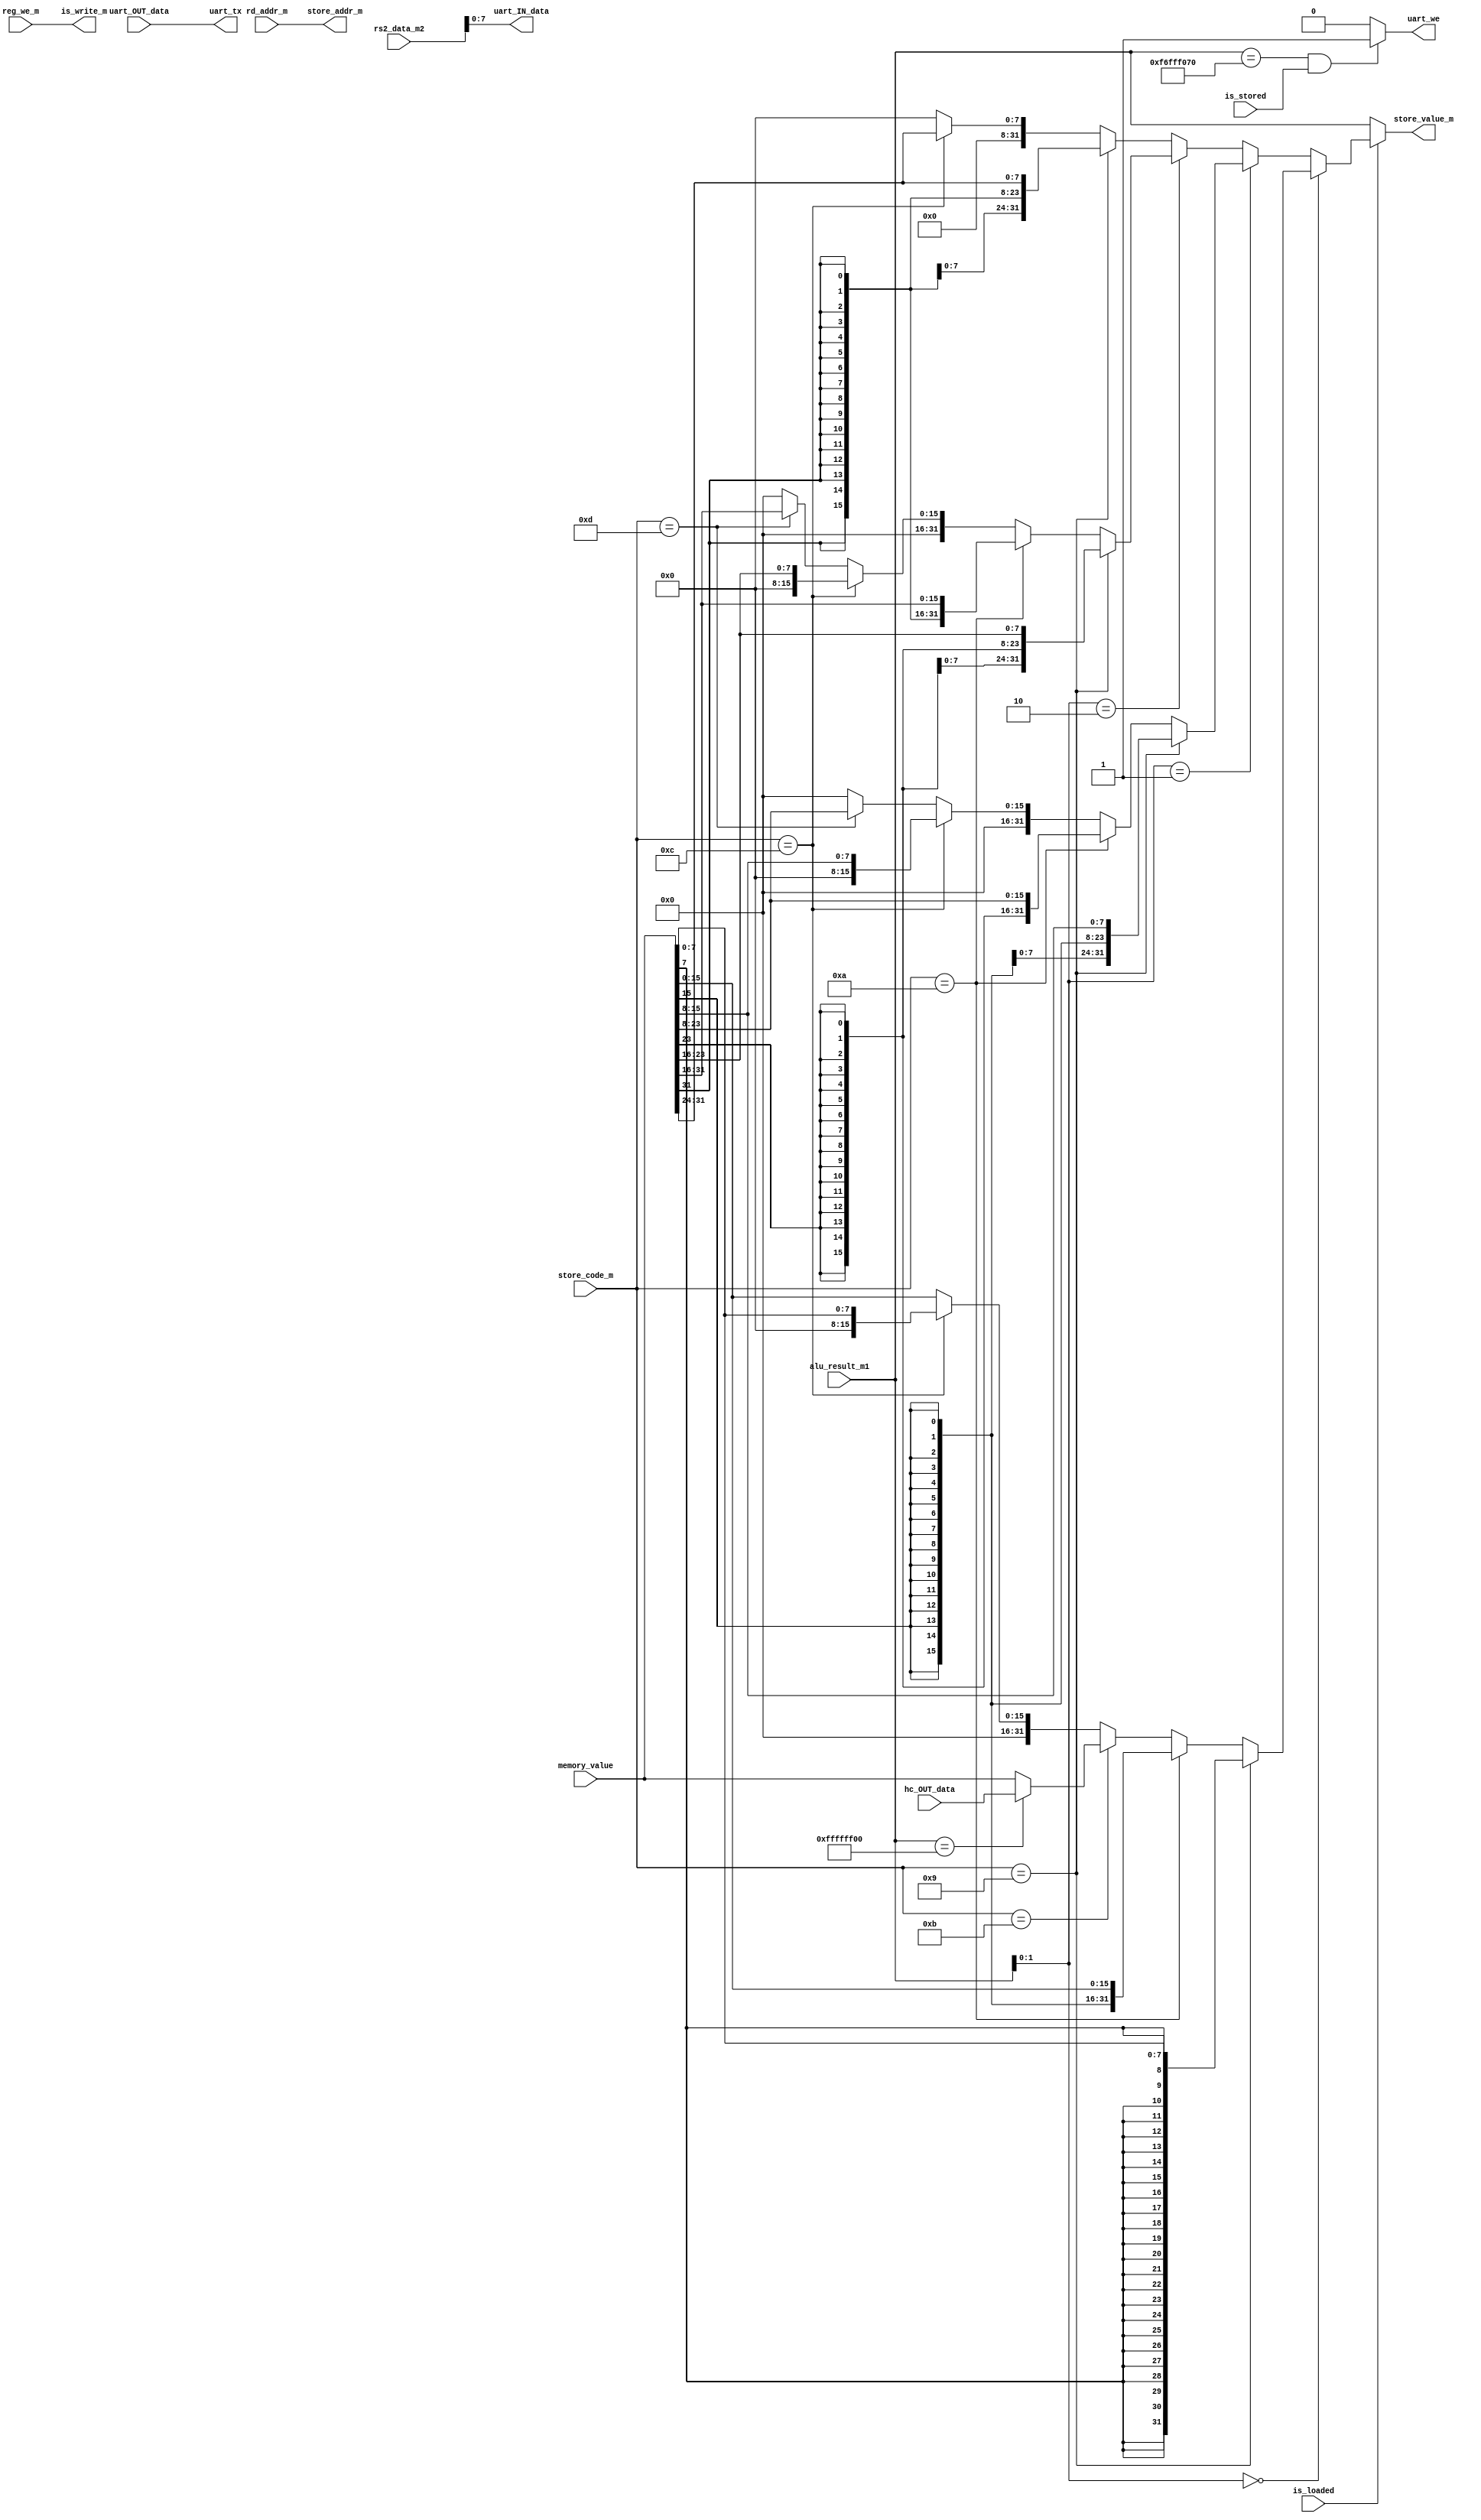
module rd_controller( //　完成。
    input wire [31:0] memory_value,
    input wire is_loaded,
    input wire [31:0] alu_result_m1,
    input wire [4:0] rd_addr_m,
    input wire reg_we_m,
    input wire [5:0] store_code_m,
    input wire is_stored,
    input [31:0] rs2_data_m2,

    output wire [31:0] store_value_m,
    output wire [4:0] store_addr_m,
    output wire is_write_m,

    // uart
    input wire uart_OUT_data,
    output wire [7:0] uart_IN_data,
    output wire uart_we,
    output wire uart_tx,

    // hardware_counter
    input wire [31:0] hc_OUT_data
);
    function [31:0] get_store;
    input [31:0] memory_value;
    input is_loaded;
    input [31:0] alu_result_m1;
    input [5:0] store_code_m;
    input is_stored;
    input [31:0] rs2_data_m2;
    begin
        // if (is_loaded) get_store = memory_value;
        // else get_store = alu_result_m1;

        get_store = (is_loaded) ? (alu_result_m1[1:0] == 2'd0) ? (store_code_m == 6'd9) ? {{24{memory_value[7]}}, memory_value[7:0]} :
        (store_code_m == 6'd10) ? {{16{memory_value[15]}}, memory_value[15:0]} :
        (store_code_m == 6'd11) ? (alu_result_m1[31:0] == 32'hffffff00) ? hc_OUT_data[31:0] : memory_value[31:0] :
        (store_code_m == 6'd12) ? {{24{1'd0}}, memory_value[7:0]} : {{16{1'd0}}, memory_value[15:0]} :
        (alu_result_m1[1:0] == 2'd1) ? (store_code_m == 6'd9) ? {{24{memory_value[15]}}, memory_value[15:8]} :
        (store_code_m == 6'd10) ? {{16{memory_value[23]}}, memory_value[23:8]} :
        (store_code_m == 6'd12) ? {{24{1'd0}}, memory_value[15:8]} :
        (store_code_m == 6'd13) ? {{16{1'd0}}, memory_value[23:8]} : 32'd0 :
        (alu_result_m1[1:0] == 2'd2) ? (store_code_m == 6'd9) ? {{24{memory_value[23]}}, memory_value[23:16]} :
        (store_code_m == 6'd10) ? {{16{memory_value[31]}}, memory_value[31:16]} :
        (store_code_m == 6'd12) ? {{24{1'd0}}, memory_value[23:16]} :
        (store_code_m == 6'd13) ? {{16{1'd0}}, memory_value[31:16]} : 32'd0 :
        (store_code_m == 6'd9) ? {{24{memory_value[31]}}, memory_value[31:24]} :
        (store_code_m == 6'd12) ? {{24{1'd0}}, memory_value[31:24]} : 32'd0 : alu_result_m1;
        // if (is_loaded) begin
        //     // case(alu_result_m1[1:0])
        //     case(alu_result_m1[1:0])
        //         2'd0: begin
        //             // $display(memory_value[31:16]);
        //             case(store_code_m)
        //                 6'd9: begin
        //                     get_store[7:0] = memory_value[7:0]; // Lb
        //                     if (memory_value[7] == 1'd0) get_store[31:8] = 24'd0;
        //                     else get_store[31:8] = 24'b111111111111111111111111;
        //                     // get_store[31:8] = (memory_value[7] == 1'd0) ? 24'd0 : 24'b111111111111111111111111;
        //                 end
        //                 6'd10: begin
        //                     get_store[15:0] = memory_value[15:0]; // Lh
        //                     if (memory_value[15] == 1'd0) get_store[31:16] = 16'd0;
        //                     else get_store[31:16] = 16'b1111111111111111;
        //                     // get_store[31:16] = (memory_value[15] == 1'd0) ? 16'd0 : 16'b1111111111111111;
        //                 end
        //                 6'd11: begin
        //                     if (alu_result_m1[31:0] == 32'hffffff00) get_store[31:0] = hc_OUT_data[31:0]; // hardware_counter
        //                     else get_store[31:0] = memory_value[31:0]; // Lw
        //                     // get_store[31:0] = (alu_result_m2[31:0] == 32'hffffff00) ? hc_OUT_data[31:0] : memory_value[31:0];
        //                 end
        //                 6'd12: begin
        //                     get_store[7:0] = memory_value[7:0]; // Lbu
        //                     get_store[31:8] = 24'd0;
        //                 end
        //                 default: begin // 6'd13
        //                     get_store[15:0] = memory_value[15:0]; // Lhu
        //                     get_store[31:16] = 16'd0;
        //                 end
        //                 // default: reg_get_store[31:0] = 32'd0;
        //             endcase
        //         end
        //         2'd1: begin
        //             // get_store[31:0] = (store_code == 6'd9) ? {{24{memory_value[15]}}, memory_value[15:8]} : 
        //             // (store_code == 6'd10) ? {{16{memory_value[23]}}, memory_value[23:8]} : 
        //             // (store_code == 6'd12) ? {{24{0}}, memory_value[15:8]} :
        //             // (store_code == 6'd13) ? {{16{0}}, memory_value[23:8]} :
        //             // 32'd0;
        //             case(store_code_m)
        //                 6'd9: begin
        //                     get_store[7:0] = memory_value[15:8]; // Lb
        //                     if (memory_value[15] == 1'd0) get_store[31:8] = 24'd0;
        //                     else get_store[31:8] = 24'b111111111111111111111111;
        //                 end
        //                 6'd10: begin
        //                     get_store[15:0] = memory_value[23:8]; // Lh
        //                     if (memory_value[23] == 1'd0) get_store[31:16] = 16'd0;
        //                     else get_store[31:16] = 16'b1111111111111111;
        //                 end
        //                 6'd12: begin
        //                     get_store[7:0] = memory_value[15:8]; // Lbu
        //                     get_store[31:8] = 24'd0;
        //                 end
        //                 6'd13: begin
        //                     get_store[15:0] = memory_value[23:8]; // Lhu
        //                     get_store[31:16] = 16'd0;
        //                 end
        //                 default: get_store[31:0] = 32'd0;
        //             endcase
        //         end
        //         2'd2: begin
        //             // get_store[31:0] = (store_code == 6'd9) ? {{24{memory_value[23]}}, memory_value[23:16]} : 
        //             // (store_code == 6'd10) ? {{16{memory_value[31]}}, memory_value[31:16]} : 
        //             // (store_code == 6'd12) ? {{24{0}}, memory_value[23:16]} :
        //             // (store_code == 6'd13) ? {{16{0}}, memory_value[31:16]} :
        //             // 32'd0;

        //             case(store_code_m)
        //                 6'd9: begin
        //                     get_store[7:0] = memory_value[23:16]; // Lb
        //                     if (memory_value[23] == 1'd0) get_store[31:8] = 24'd0;
        //                     else get_store[31:8] = 24'b111111111111111111111111;
        //                 end
        //                 6'd10: begin
        //                     get_store[15:0] = memory_value[31:16]; // Lh
        //                     if (memory_value[31] == 1'd0) get_store[31:16] = 16'd0;
        //                     else get_store[31:16] = 16'b1111111111111111;
        //                 end
        //                 6'd12: begin
        //                     get_store[7:0] = memory_value[23:16]; // Lbu
        //                     get_store[31:8] = 24'd0;
        //                 end
        //                 6'd13: begin
        //                     get_store[15:0] = memory_value[31:16]; // Lhu
        //                     get_store[31:16] = 16'd0;
        //                 end
        //                 default: get_store[31:0]  = 32'd0;
        //             endcase
        //         end
        //         default: begin // 2'd3
        //             // get_store[31:0] = (store_code == 6'd9) ? {{24{memory_value[31]}}, memory_value[31:24]} : 
        //             // (store_code == 6'd12) ? {{24{0}}, memory_value[31:24]} :
        //             // 32'd0;

        //             case(store_code_m)
        //                 6'd9: begin
        //                     get_store[7:0] = memory_value[31:24]; // Lb
        //                     // get_get_store[31:0] = {{24{get_get_store[7]}},get_get_store};
        //                     if (memory_value[31] == 1'd0) get_store[31:8] = 24'd0;
        //                     else get_store[31:8] = 24'b111111111111111111111111;
        //                 end
        //                 6'd12: begin
        //                     get_store[7:0] = memory_value[31:24]; // Lbu
        //                     get_store[31:8] = 24'd0;
        //                 end
        //                 default: get_store[31:0] = 32'd0;
        //             endcase
        //         end
        //         // default: reg_get_store[31:0] = 32'd0;
        //     endcase
        // end
        // else get_store = alu_result_m1;
        // if (is_stored) begin
        //     if (alu_result_m1[1:0] == 2'd0) begin
        //         if (store_code_m == 6'd14) get_store[7:0] = rs2_data_m2[7:0];
        //     end
        // end
        // else get_store = alu_result_m1;

    end
    endfunction

    assign store_value_m = get_store(memory_value, is_loaded, alu_result_m1, store_code_m, is_stored, rs2_data_m2);
    assign store_addr_m = rd_addr_m;
    assign is_write_m = reg_we_m;
    // // Memory Accessステージに以下のような記述を追加
    assign uart_IN_data = rs2_data_m2[7:0];  // ストアするデータをモジュールへ入力
    assign uart_we = ((alu_result_m1 == 32'hf6fff070) && (is_stored == 1'd1)) ? 1'b1 : 1'b0;  // シリアル通信用アドレスへのストア命令実行時に送信開始信号をアサート
    assign uart_tx = uart_OUT_data;  // シリアル通信モジュールの出力はFPGA外部へと出力

endmodule